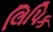
લિપિક